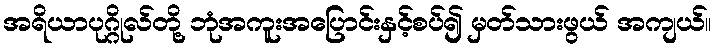
အရိယာပုဂ္ဂိုလ်တို့ ဘုံအကူးအပြောင်းနှင့်စပ်၍ မှတ်သားဖွယ် အကျယ်။